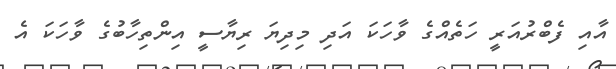
އާއި ފެބްރުއަރީ ހަތެއްގެ ވާހަކަ އަދި މިދިޔަ ރިޔާސީ އިންތިހާބުގެ ވާހަކަ އެ